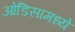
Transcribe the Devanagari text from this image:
ओडिसामध्ये